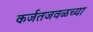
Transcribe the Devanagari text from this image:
कर्जतजवळच्या